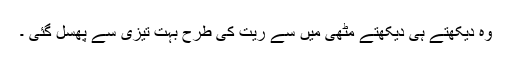
وہ دیکھتے ہی دیکھتے مٹھی میں سے ریت کی طرح بہت تیزی سے پھسل گئی ۔